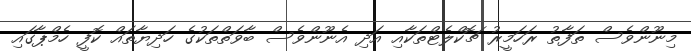
މިނޫންވެސް ތަފާތު ރަހަމީރު ޗޮކްލެޓްތަކާއި އަދި އެނޫންވެސް ބާވަތްތަކުގެ ހަދިޔާތައް ކޮފީ ހެމްޕާގައި